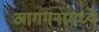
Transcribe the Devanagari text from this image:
आगमनामध्ये